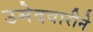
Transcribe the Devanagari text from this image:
उमेदवारीने